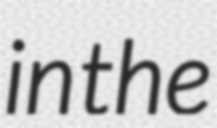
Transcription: in the